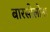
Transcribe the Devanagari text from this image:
बारसीलोना